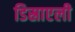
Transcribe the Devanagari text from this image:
डिस्राएली